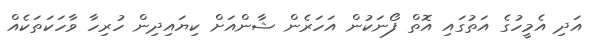
އަދި އެމީހުގެ އަތުގައި އޮތް ފޯނަކުން އަހަރެން ޝާންއަށް ކިޔައިދިން ހުރިހާ ވާހަކަތަކެއް